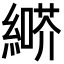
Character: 𦄶